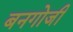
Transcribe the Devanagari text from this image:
बनगोजी